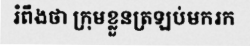
រំពឹងថា ក្រុមខ្លួនត្រឡប់មករក